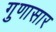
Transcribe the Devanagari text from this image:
गुणासार